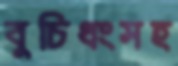
বুচিধংসহ